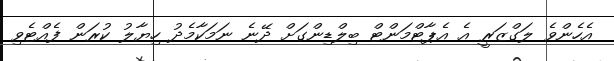
އެހެންވެ ލަގްޒަރީ އެ އެޕާޓްމަންޓް ބިލްޑިންގަށް ދޭނެ ނަމަކާމެދު ހިޔާލު ކުރަން ފެއްޓެވި